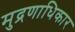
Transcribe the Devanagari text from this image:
मुद्रणाधिकार